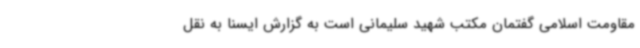
مقاومت اسلامی گفتمان مکتب شهید سلیمانی است به گزارش ایسنا به نقل